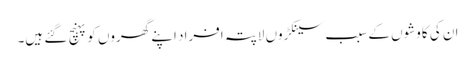
ان کی کاوشوں کے سبب سینکڑوں لاپتہ افراد اپنے گھروں کو پہنچ گئے ہیں۔